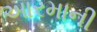
આરમાની